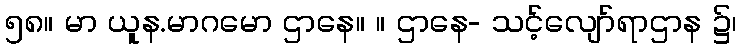
၅၈။ မာ ယူန.မာဂမော ဌာနေ။ ။ ဌာနေ- သင့်လျော်ရာဌာန ၌၊